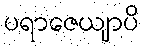
ပရာဇေယျာပိ